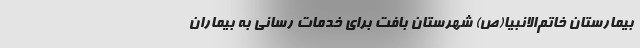
بیمارستان خاتم‌الانبیا(ص) شهرستان بافت برای خدمات رسانی به بیماران